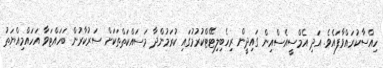
ހިއްސާކުރައްވާފައެވެ. އަދި އެމްސީއެސްއިން ގައިދީން ރިހެބިލިޓޭޓްކުރުމުގައި ކުރަމުންދާ މަސައްކަތްތަކަށް ސަރުކާރުން ބަހައްޓަވާ އަހައްމިއްޔަތު